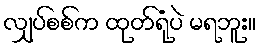
လျှပ်စစ်က ထုတ်ရုံပဲ မရဘူး။